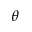
\theta